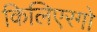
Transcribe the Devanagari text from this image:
किलिएरगो